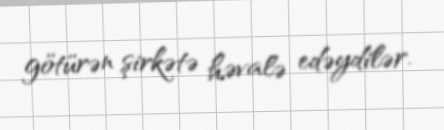
götürən şirkətə həvalə edəydilər.